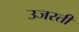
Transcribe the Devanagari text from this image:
उजरती